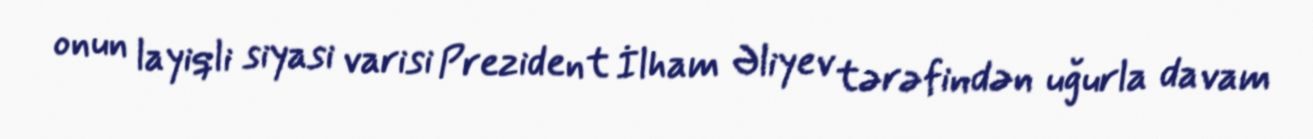
onun layiqli siyasi varisi Prezident İlham Əliyev tərəfindən uğurla davam